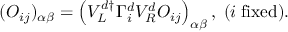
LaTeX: ( { \cal O } _ { i j } ) _ { \alpha \beta } = \left( V _ { L } ^ { d \dagger } \Gamma _ { i } ^ { d } V _ { R } ^ { d } O _ { i j } \right) _ { \alpha \beta } , \; ( i \; \mathrm { f i x e d } ) .